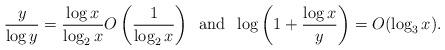
LaTeX: \begin{align*}\frac{y}{\log{y}} = \frac{\log{x}}{\log_{2}{x}} O\left(\frac{1}{\log_{2}{x}}\right) \: \mbox{ and } \: \log{\left( 1 + \frac{\log{x}}{y} \right)} = O(\log_{3}{x}).\end{align*}